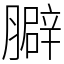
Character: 䑀